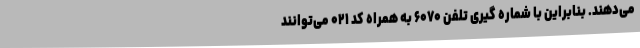
می‌دهند. بنابراین با شماره گیری تلفن ۶۰۷۰ به همراه کد ۰۲۱ می‌توانند